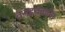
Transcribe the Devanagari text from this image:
वनहक्कांना